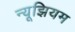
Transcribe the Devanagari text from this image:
न्यूझियम